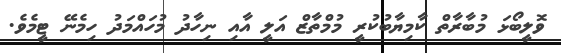
ވޮލީބޯޅަ މުބާރާތް ކާމިޔާބުކުރީ މުމްތާޒް އަލީ އާއި ނިހާދު މުހައްމަދު ހިމެނޭ ޓީމެވެ.